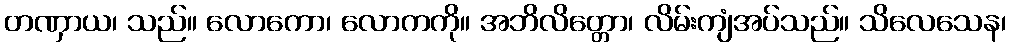
တဏှာယ၊ သည်။ လောကော၊ လောကကို။ အဘိလိတ္တော၊ လိမ်းကျံအပ်သည်။ သိလေသေန၊